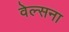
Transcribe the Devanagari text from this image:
वेल्सना